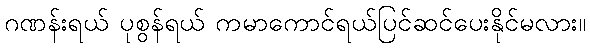
ဂဏန်းရယ် ပုစွန်ရယ် ကမာကောင်ရယ်ပြင်ဆင်ပေးနိုင်မလား။